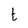
Character: t